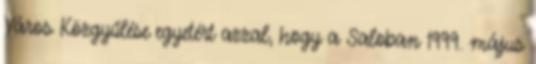
Város Közgyűlése egyetért azzal, hogy a Saloban 1999. május